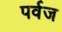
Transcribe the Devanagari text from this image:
पर्वज